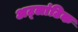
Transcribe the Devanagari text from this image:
अट्लांटिक